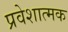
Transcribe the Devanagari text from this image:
प्रवेशात्मक